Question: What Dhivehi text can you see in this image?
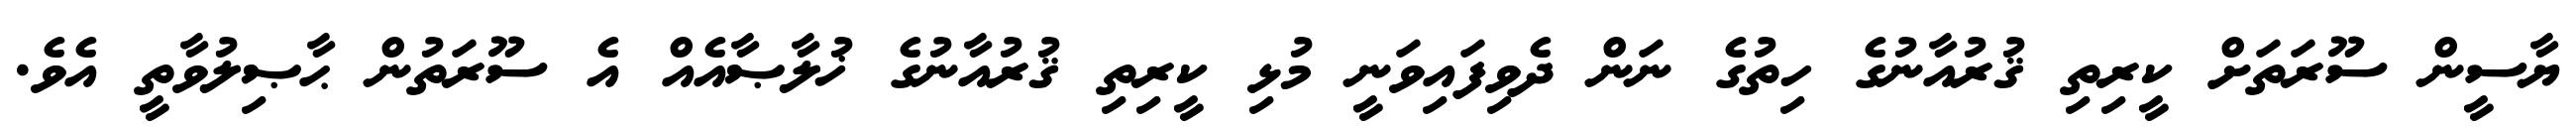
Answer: ޔާސީން ސޫރަތަށް ކީރިތި ޤުރުއާނުގެ ހިތުގެ ނަން ދެވިފައިވަނީ މުޅި ކީރިތި ޤުރުއާނުގެ ޚުލާޞާއެއް އެ ސޫރަތުން ޙާޞިލުވާތީ އެވެ.